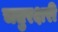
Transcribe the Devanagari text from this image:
चतुरक्षरी